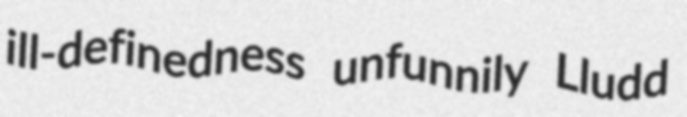
ill-definedness unfunnily Lludd